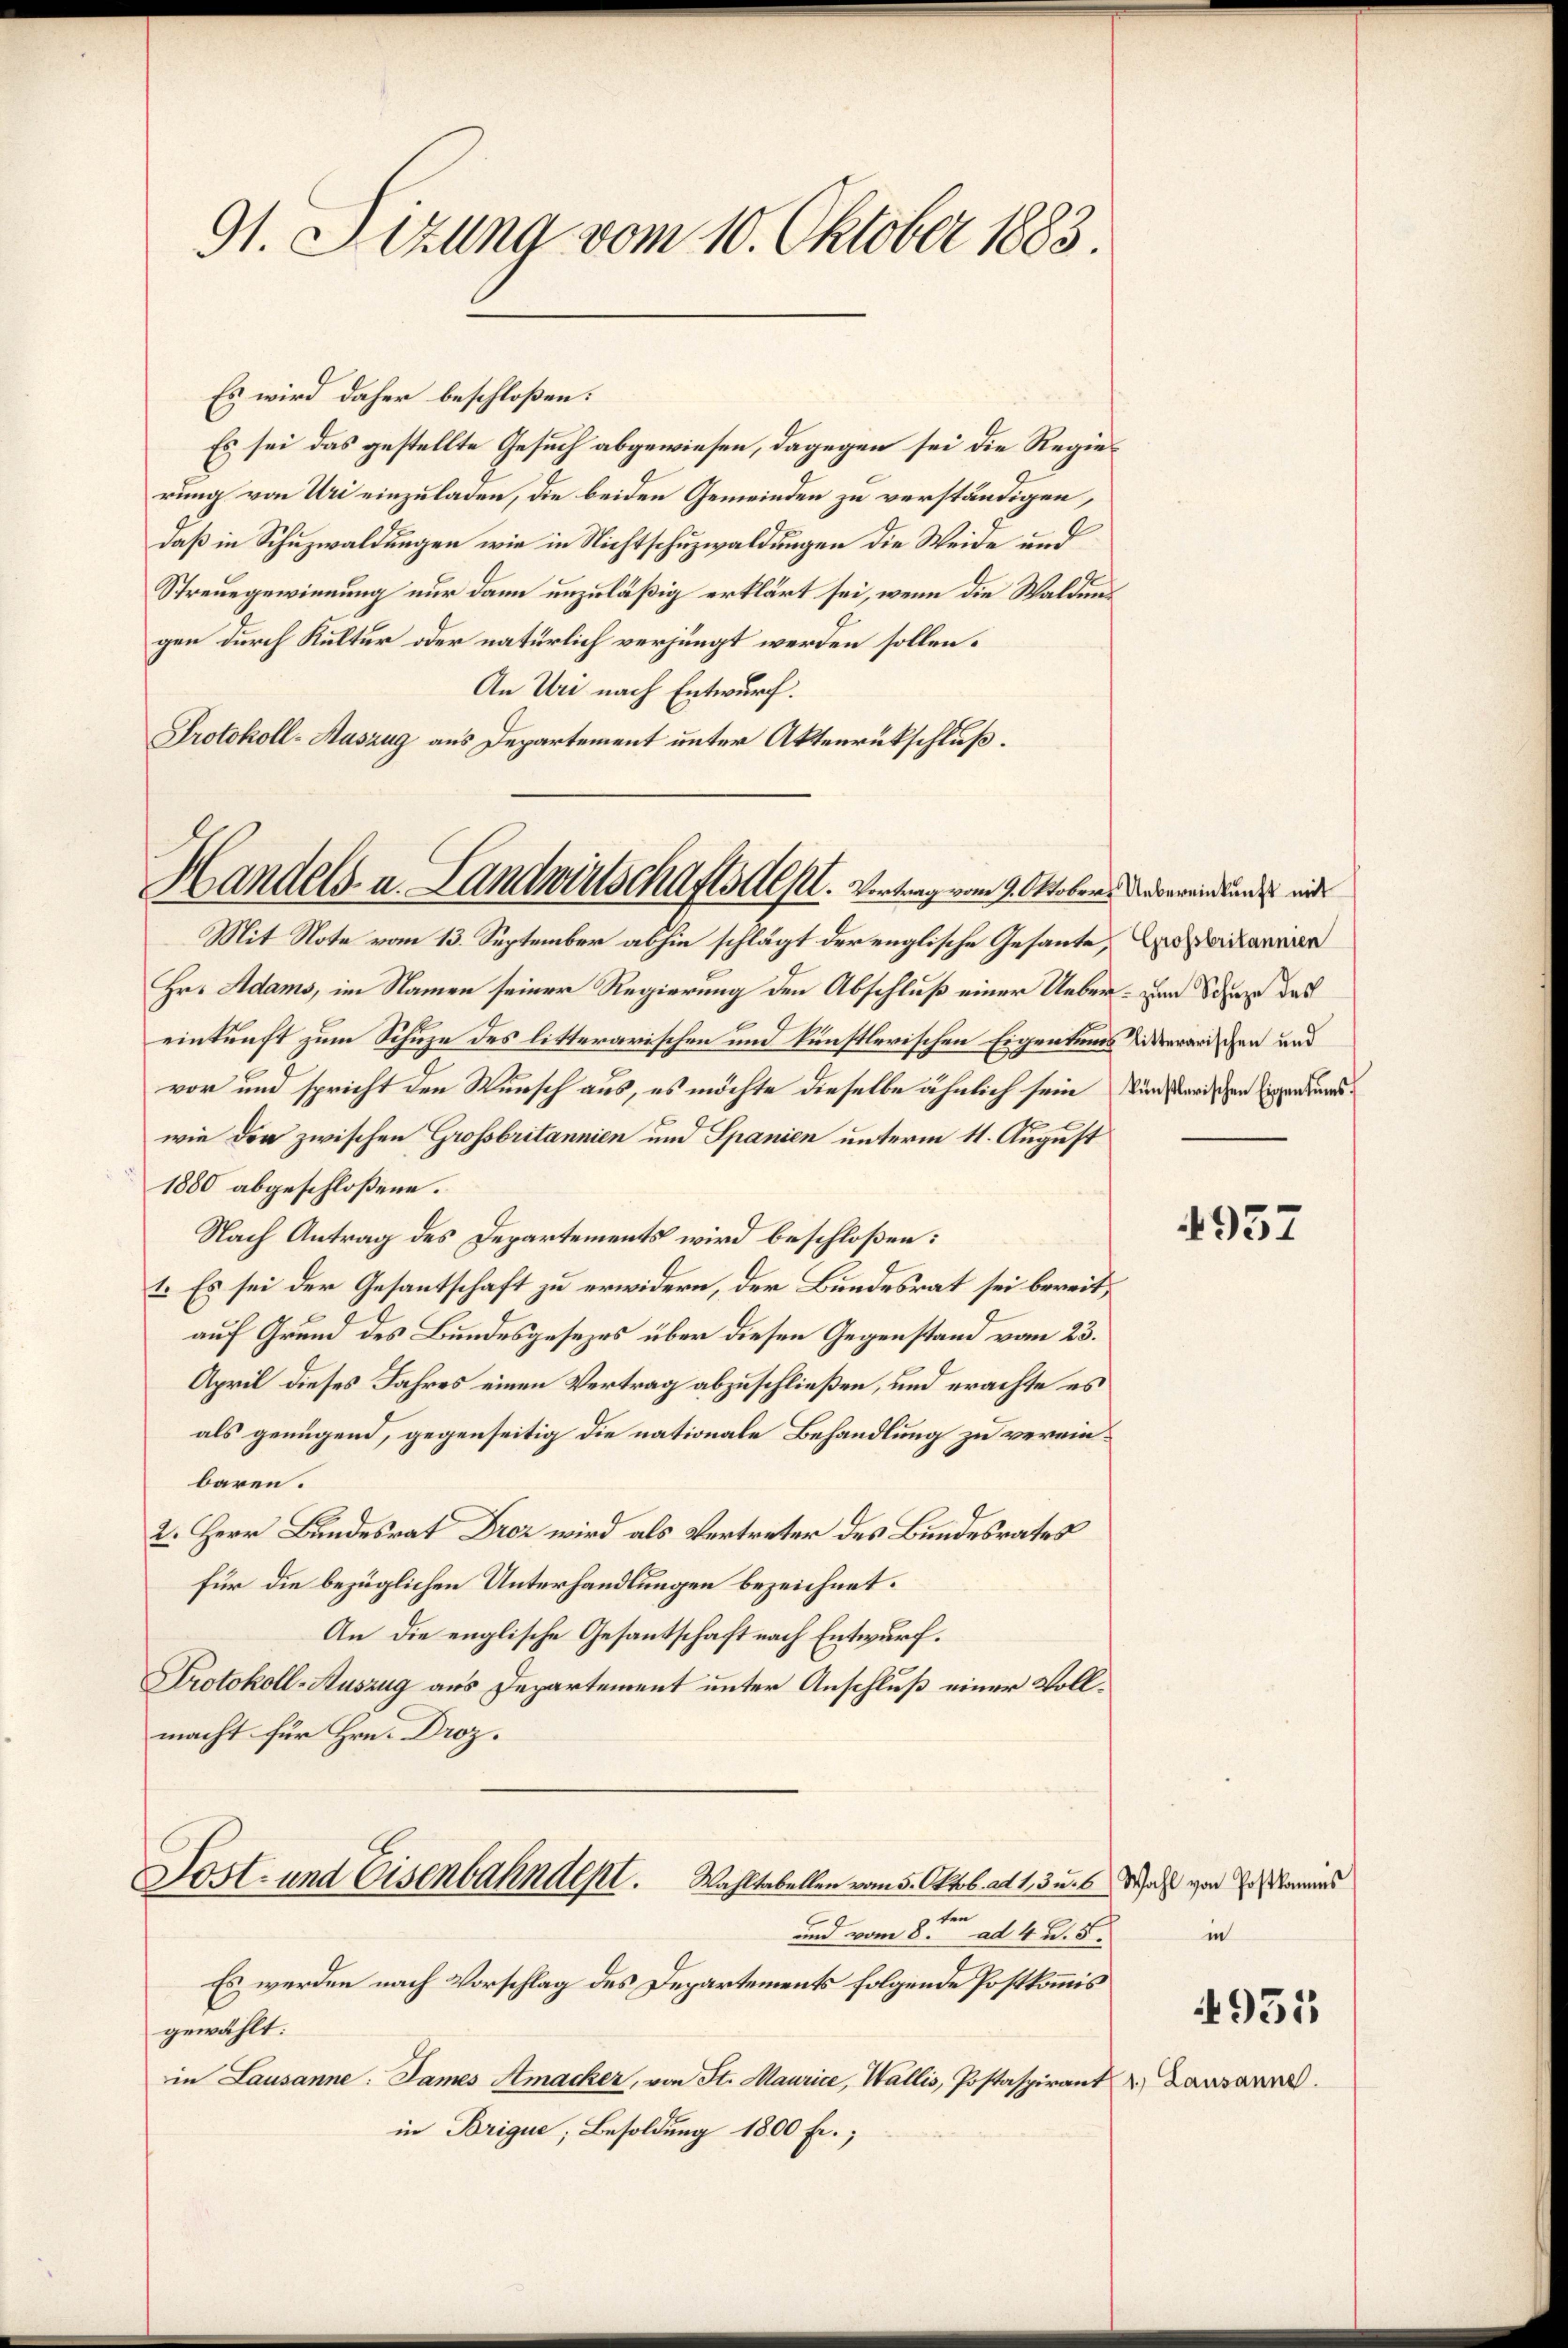
91. Sizung vom 10. Oktober 1883.

Handels- u. Landwirtschafts Alpt. Vertrag vom 9. Oktober. Ueberwendung mind

Mit Note vom 13. September abhin schlägt der englische Gesante,
Hr. Adams, im Namen seiner Regierung den Abschluß einer Ueber
einkunft zum Schuze des litterarischen und künstlerischen Eigentums Widerarischen und
vor und spricht den Wunsch aus, es möchte dieselbe ähnlich sein
wie der zwischen Grossbritannien und Spanien unterm 11. August
1880 abgeschloßene.
Nach Antrag des Departements wird beschloßen:
1. Es sei der Gesantschaft zu erwidern, der Bundesrat sei bereit
auf Grund des Bundesgesezes über diesen Gegenstand vom 23.
April dieses Jahres einen Vertrag abzuschließen, und erachte es
als genügend, gegenseitig die nationale Behandlung zu vereinbaren.
2. Herr Bundesrat Droz wird als Vertreter des Bundesrates
für die bezüglichen Unterhandlungen bezeichnet.
An die englische Gesantschaft nach Entwurf.
Protokoll-Auszug aus Departement unter Anschluß einer Vollmacht für Hrn. Droz.

Es wird daher beschloßen:
Es sei das gestellte Gesuch abgewiesen, dagegen sei die Regierung von Uri einzuladen, die beiden Gemeinden zu verständigen,
daß in Schuzwaldungen wie in Nichtschuzwaldungen die Weide und
Streuegewinnung nur dann unzuläßig erklärt sei, wenn die Waldens
gen durch Kultur oder natürlich verjüngt werden sollen.
An Uri nach Entwurf.
Protokoll-Auszug aus Departement unter Aktenrückschluß.

Sost- und Eisenbahndent. Wahltabellen vom 5. Oktob. ad 1, 3 u. Was von E. Kamins
und vom 8ten ad 4. d. 5.

Es werden nach Vorschlag des Departements folgende Postkommis
gewählt:
im Lausanne: James Amacker, von St. Maurice, Wallis, Postaspirant u. Lausanne.
in Brique; Besoldung 1800 Fr.;

Grossbritannien
 zum Schuze des
künstlerischen Eigentums.

4957

in
4951